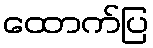
ထောက်ပြ